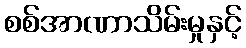
စစ်အာဏာသိမ်းမှုနှင့်